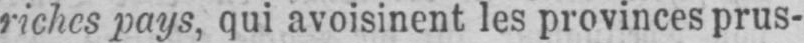
riches pays, qui avoisinent les provinces prus-